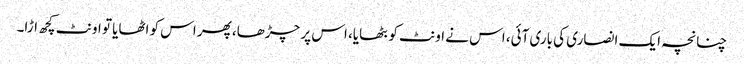
چنانچہ ایک انصاری کی باری آئی، اس نے اونٹ کو بٹھایا، اس پر چڑھا، پھر اس کو اٹھایا تو اونٹ کچھ اڑا۔